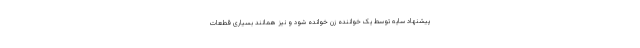
پیشنهاد سایه توسط یک خواننده زن خوانده شود و نیز همانند بسیاری قطعات